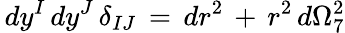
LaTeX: \, dy^{I}\, dy^{J}\, \delta_{IJ}\, =\, dr^{2}\, +\, r^{2}\, d\Omega_{7}^{2}